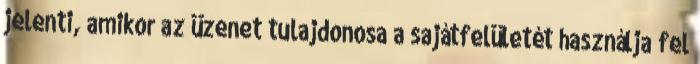
jelenti, amikor az üzenet tulajdonosa a sajátfelületét használja fel